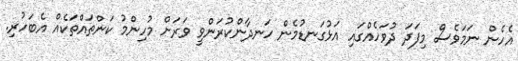
އެހެން ނަމަވެސް މިފަދަ ދުވަހެއްގައި އަޅުގަނޑުމެން ހަނދާންކުރަންވީ ވަރަށް މުހިންމު ކަންތައްތަކެއް އެބަހުރި.